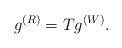
LaTeX: \begin{align*}g^{(R)} = T g^{(W)}.\end{align*}